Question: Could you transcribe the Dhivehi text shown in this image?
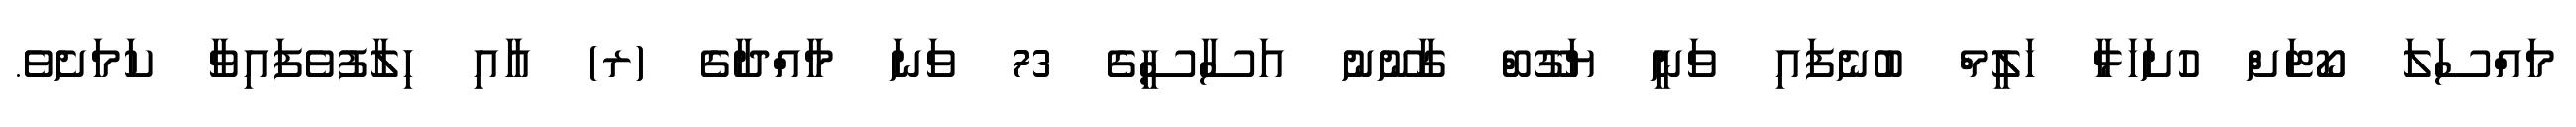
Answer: މައްސަލަ ކޯޓަށް ހުށަހަޅާ ހަލީމް ބުނެފައި ވަނީ ޔަގޫބް ގާނޫނު އަސާސީގެ 73 ވަނަ މާއްދާގެ (ރ) އާއި ހިލާފުވެފައިވާ ކަމަށެވެ.